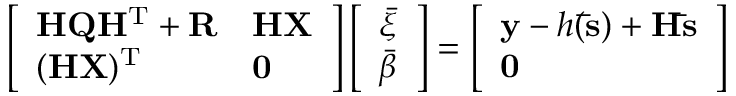
\left[ \begin{array} { l l } { \mathbf { H Q H ^ { \mathrm { T } } + R } } & { \mathbf { H X } } \\ { ( \mathbf { H X } ) ^ { \mathrm { T } } } & { \mathbf { 0 } } \end{array} \right] \left[ \begin{array} { l } { \boldsymbol { \bar { \xi } } } \\ { \boldsymbol { \bar { \beta } } } \end{array} \right] = \left[ \begin{array} { l } { \mathbf { y } - h ( \mathbf { \bar { s } } ) + \mathbf { H \bar { s } } } \\ { \mathbf { 0 } } \end{array} \right]